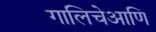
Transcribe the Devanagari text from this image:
गालिचेआणि